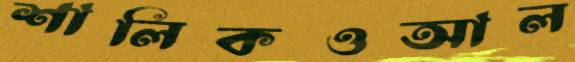
শালিকওআল